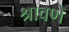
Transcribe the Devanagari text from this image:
श्रावणे